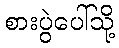
စားပွဲပေါ်သို့